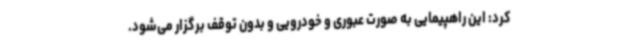
کرد: این راهپیمایی به صورت عبوری و خودرویی و بدون توقف برگزار می‌شود.